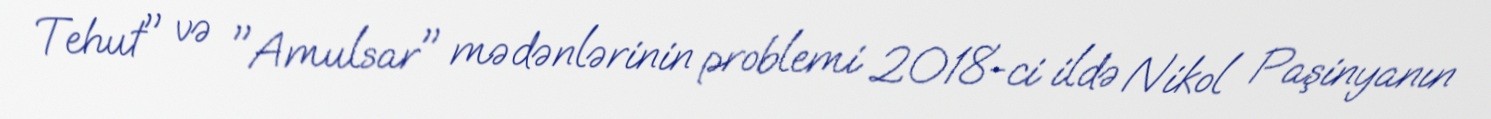
Tehut" və "Amulsar" mədənlərinin problemi 2018-ci ildə Nikol Paşinyanın